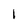
Character: I